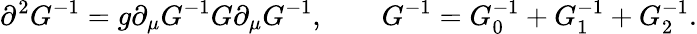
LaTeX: \partial^{2}G^{-1}=g\partial_{\mu}G^{-1}G\partial_{\mu}G^{-1},\quad\mathrm{}\quad G^{-1}=G_{0}^{-1}+G_{1}^{-1}+G_{2}^{-1}.